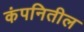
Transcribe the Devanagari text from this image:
कंपनितील